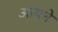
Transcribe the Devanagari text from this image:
आयने